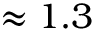
\approx 1 . 3